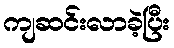
ကျဆင်းလာခဲ့ပြီး